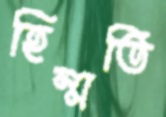
হিম্মতি